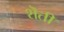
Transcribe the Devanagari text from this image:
शॆती